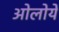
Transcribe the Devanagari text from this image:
ओलोये